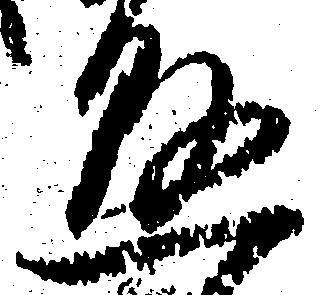
懸